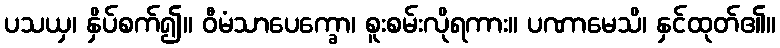
ပသယှ၊ နှိပ်စက်၍။ ဝီမံသာပေက္ခော၊ စူးစမ်းလိုရကား။ ပဏာမေသိ၊ နှင်ထုတ်၏။